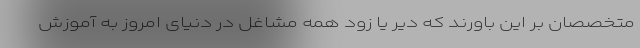
متخصصان بر این باورند که دیر یا زود همه مشاغل در دنیای امروز به آموزش